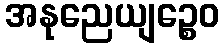
အနုညေယျဉ္စေဝ